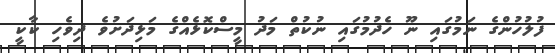
ފުލުހުންގެ ނަމުގައި ނޫ ހެދުމުގައި ނުކުތް މަދު މީސްކޮޅެއްގެ މަޅިދަށުވެ ދިވެހި ކާކީ